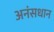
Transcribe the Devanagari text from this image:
अनंसधान